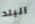
البلد